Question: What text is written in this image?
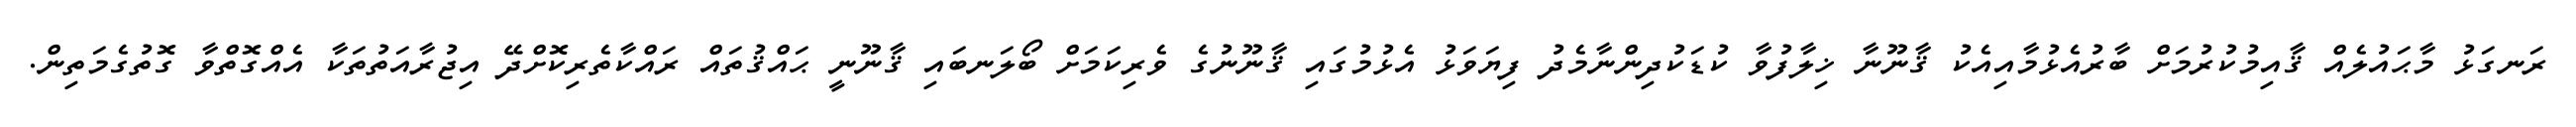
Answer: ރަނގަޅު މާޙައުލެއް ޤާއިމުކުރުމަށް ބާރުއެޅުމާއިއެކު ޤާނޫނާ ޚިލާފުވާ ކުޑަކުދިންނާމެދު ފިޔަވަޅު އެޅުމުގައި ޤާނޫނުގެ ވެރިކަމަށް ބޯލަނބައި ޤާނޫނީ ޙައްޤުތައް ރައްކާތެރިކޮށްދޭ އިޖުރާއަތުތަކާ އެއްގޮތްވާ ގޮތުގެމަތިން.